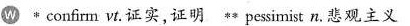
W confirn vt.证实,证明"pessirmist n悲观主义